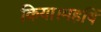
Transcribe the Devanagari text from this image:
किया।महर्षि